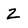
Character: 2